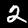
Digit: 2